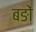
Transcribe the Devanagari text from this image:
बङों